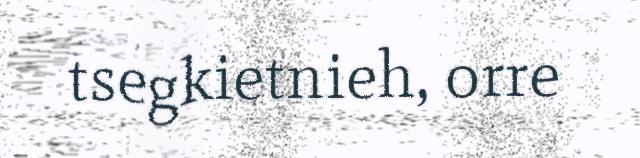
tsegkietnieh, orre